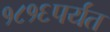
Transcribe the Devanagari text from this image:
१८१६पर्यंत